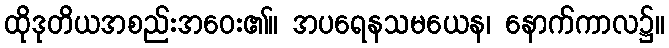
ထိုဒုတိယအစည်းအဝေး၏။ အပရေနသမယေန၊ နောက်ကာလ၌။